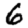
Digit: 6